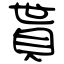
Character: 貰